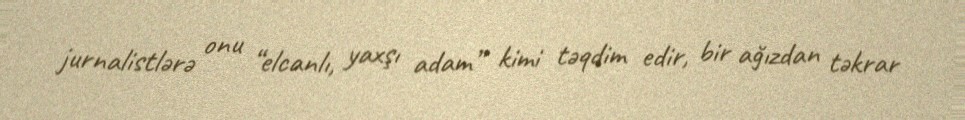
jurnalistlərə onu “elcanlı, yaxşı adam” kimi təqdim edir, bir ağızdan təkrar